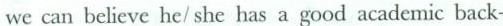
we can believe he/ she has a good academic back-